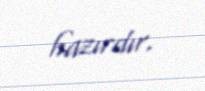
hazırdır.